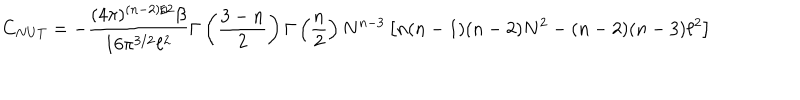
LaTeX: C _ { N U T } = - \frac { ( 4 \pi ) ^ { ( n - 2 ) / 2 } \beta } { 1 6 \pi ^ { 3 / 2 } \ell ^ { 2 } } \Gamma \left( \frac { 3 - n } { 2 } \right) \Gamma \left( \frac { n } { 2 } \right) N ^ { n - 3 } \left[ n ( n - 1 ) ( n - 2 ) N ^ { 2 } - ( n - 2 ) ( n - 3 ) \ell ^ { 2 } \right]